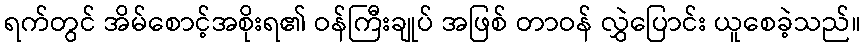
ရက်တွင် အိမ်စောင့်အစိုးရ၏ ဝန်ကြီးချုပ် အဖြစ် တာဝန် လွှဲပြောင်း ယူစေခဲ့သည်။